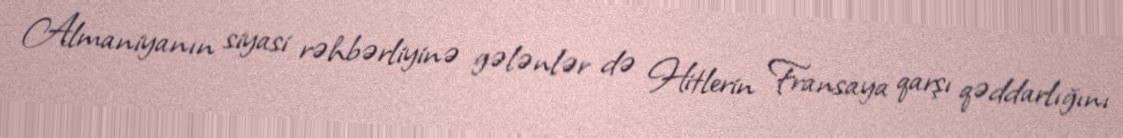
Almaniyanın siyasi rəhbərliyinə gələnlər də Hitlerin Fransaya qarşı qəddarlığını